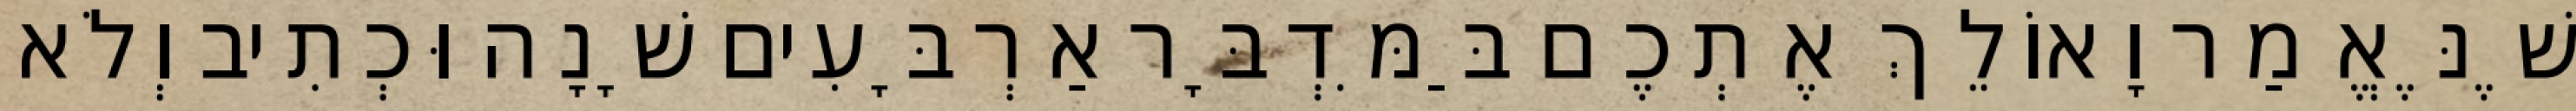
שֶׁנֶּאֱמַר וָאוֹלֵךְ אֶתְכֶם בַּמִּדְבָּר אַרְבָּעִים שָׁנָה וּכְתִיב וְלֹא